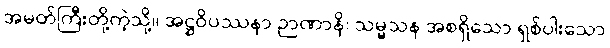
အမတ်ကြီးတို့ကဲ့သို့။ အဋ္ဌဝိပဿနာ ဉာဏာနိ၊ သမ္မသန အစရှိသော ရှစ်ပါးသော